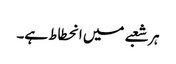
ہر شعبے میں انحطاط ہے۔